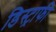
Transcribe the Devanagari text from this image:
डिस्ट्राफी